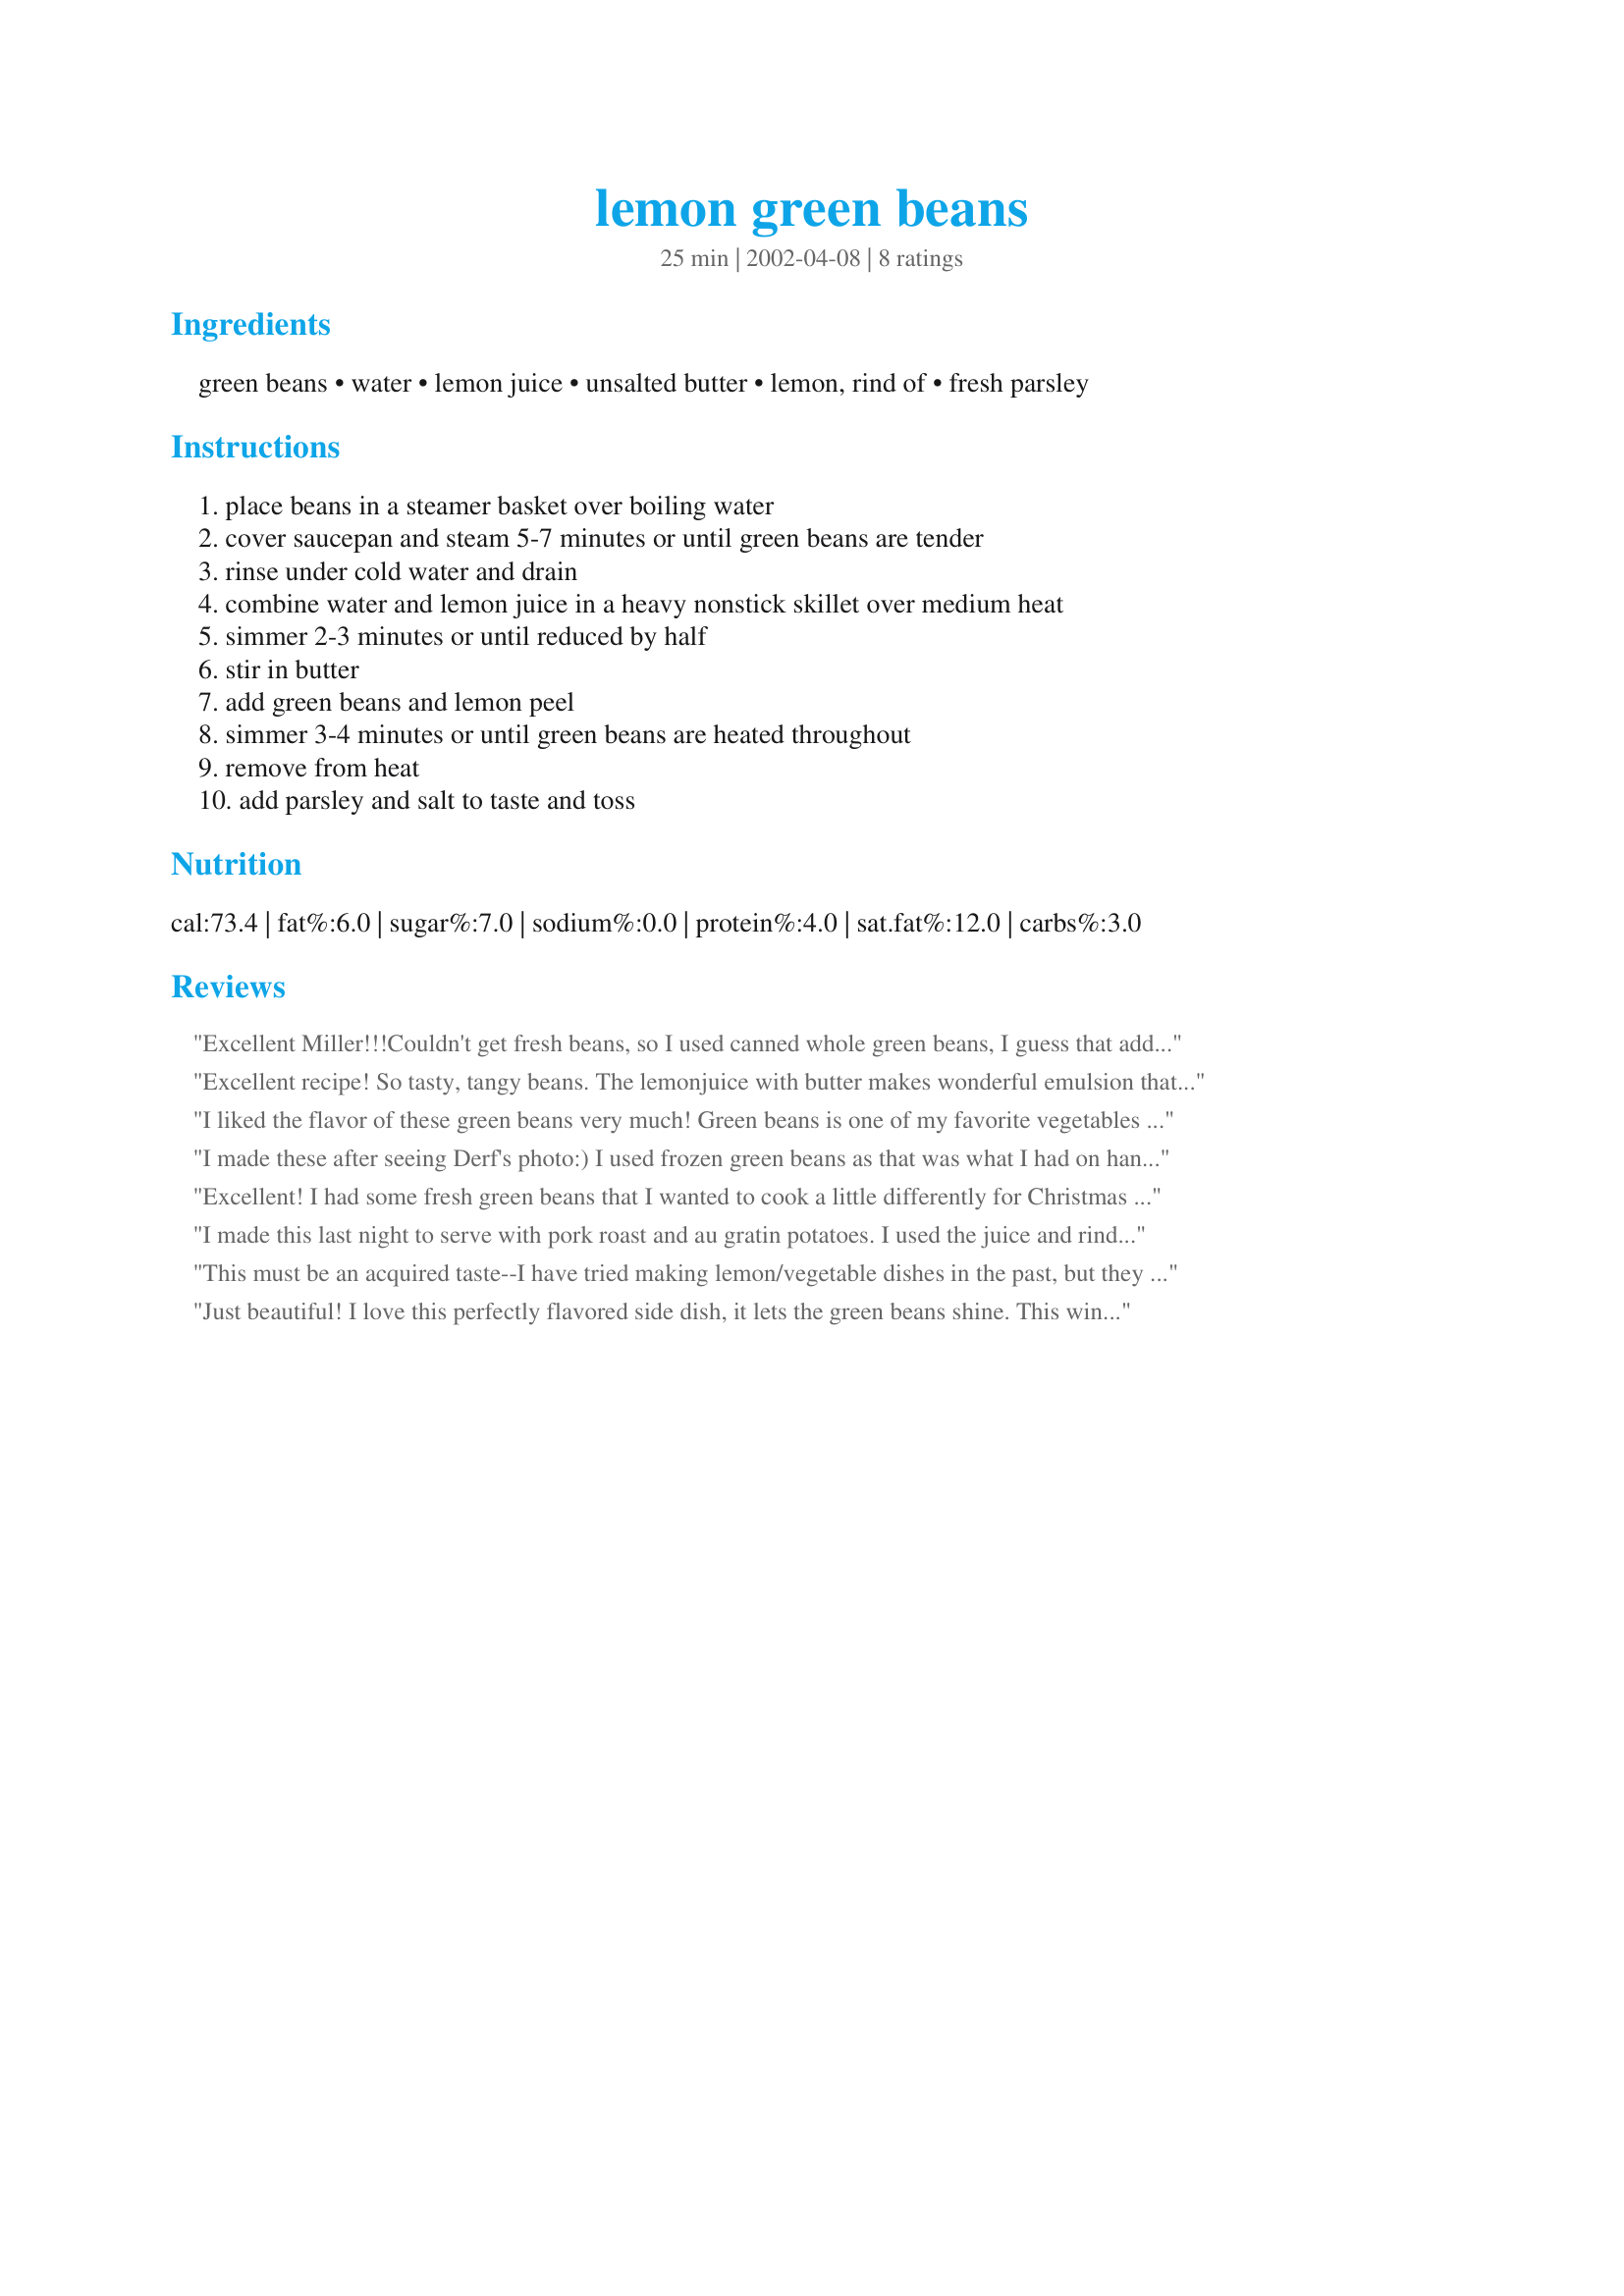
lemon green beans
Preparation time: 25 minutes

Ingredients:
green beans, water, lemon juice, unsalted butter, lemon, rind of, fresh parsley

Steps:
place beans in a steamer basket over boiling water, cover saucepan and steam 5-7 minutes or until green beans are tender, rinse under cold water and drain, combine water and lemon juice in a heavy nonstick skillet over medium heat, simmer 2-3 minutes or until reduced by half, stir in butter, add green beans and lemon peel, simmer 3-4 minutes or until green beans are heated throughout, remove from heat, add parsley and salt to taste and toss

Reviews:
Excellent Miller!!!Couldn't get fresh beans, so I used canned whole green beans, I guess that added a bit of salt, but I did rinse them. I'll look forward to when the fresh green beans come out around here and do these again, they went very well with Bergy's Spicy ginger/orange chicken, we had a citrus night! This is a keeper, thanks for sharing!! — posted May 6, 2002,2 members found this helpful UPDATE: Made these beans for supper tonight, used fresh beans this time and it did make a difference, lovely recipe, thanks Miller for another good one!!

Excellent recipe! So tasty, tangy beans. The lemonjuice with butter makes wonderful emulsion that clings to the beans.
I liked the flavor of these green beans very much! Green beans is one of my favorite vegetables so I expect I'll be 'fixing' these again. Thanks very much for sharing the recipe.
I made these after seeing Derf's photo:) I used frozen green beans as that was what I had on hand and loved the tart, lemony flavor. Really nice! I will make these again.
Excellent! I had some fresh green beans that I wanted to cook a little differently for Christmas dinner. This is simple, quick and the lemon and parsley provide a wonderful accent flavour to otherwise ordinary green beans.
I made this last night to serve with pork roast and au gratin potatoes. I used the juice and rind of a whole lemon. YUM!
This must be an acquired taste--I have tried making lemon/vegetable dishes in the past, but they never go over well. Obviously the combination appeals to many, but we find the lemony zing too overpowering.
Just beautiful! I love this perfectly flavored side dish, it lets the green beans shine. This wins bonus points because the prepared dish freezes beautifully.
